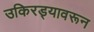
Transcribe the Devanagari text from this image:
उकिरड्यावरून